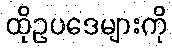
ထိုဥပဒေများကို